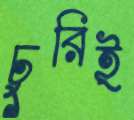
চুরিই